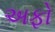
અફો